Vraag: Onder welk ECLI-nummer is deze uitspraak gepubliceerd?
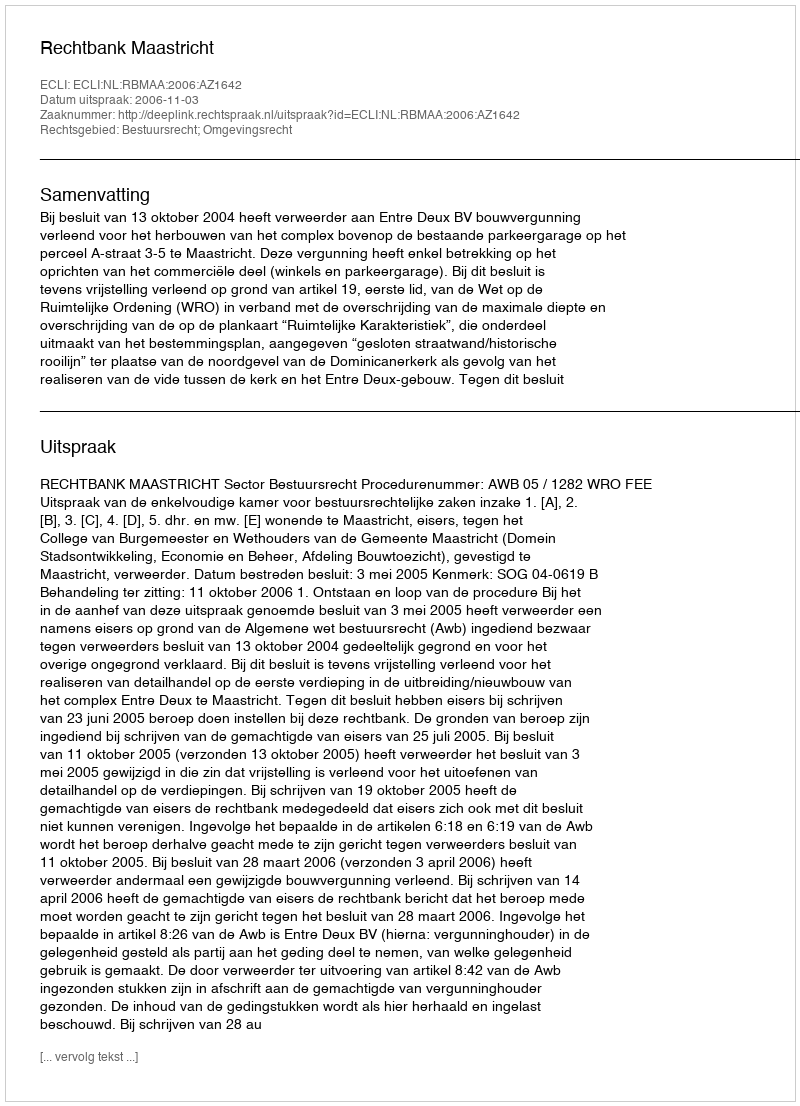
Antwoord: ECLI:NL:RBMAA:2006:AZ1642